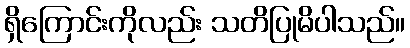
ရှိကြောင်းကိုလည်း သတိပြုမိပါသည်။